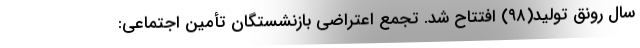
سال رونق تولید(۹۸) افتتاح شد. تجمع اعتراضی بازنشستگان تأمین اجتماعی:‌